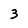
Character: 3